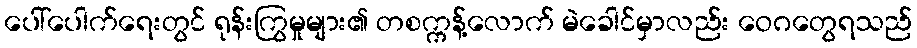
ပေါ်ပေါက်ရေးတွင် ရုန်းကြွမှုများ၏ တစက္ကန့်လောက် မဲခေါင်မှာလည်း ဝေဂတွေရသည်